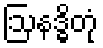
ဩနဒ္ဓိတုံ